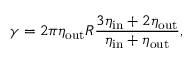
\gamma = 2 \pi \eta _ { \mathrm { o u t } } R \frac { 3 \eta _ { \mathrm { i n } } + 2 \eta _ { \mathrm { o u t } } } { \eta _ { \mathrm { i n } } + \eta _ { \mathrm { o u t } } } ,